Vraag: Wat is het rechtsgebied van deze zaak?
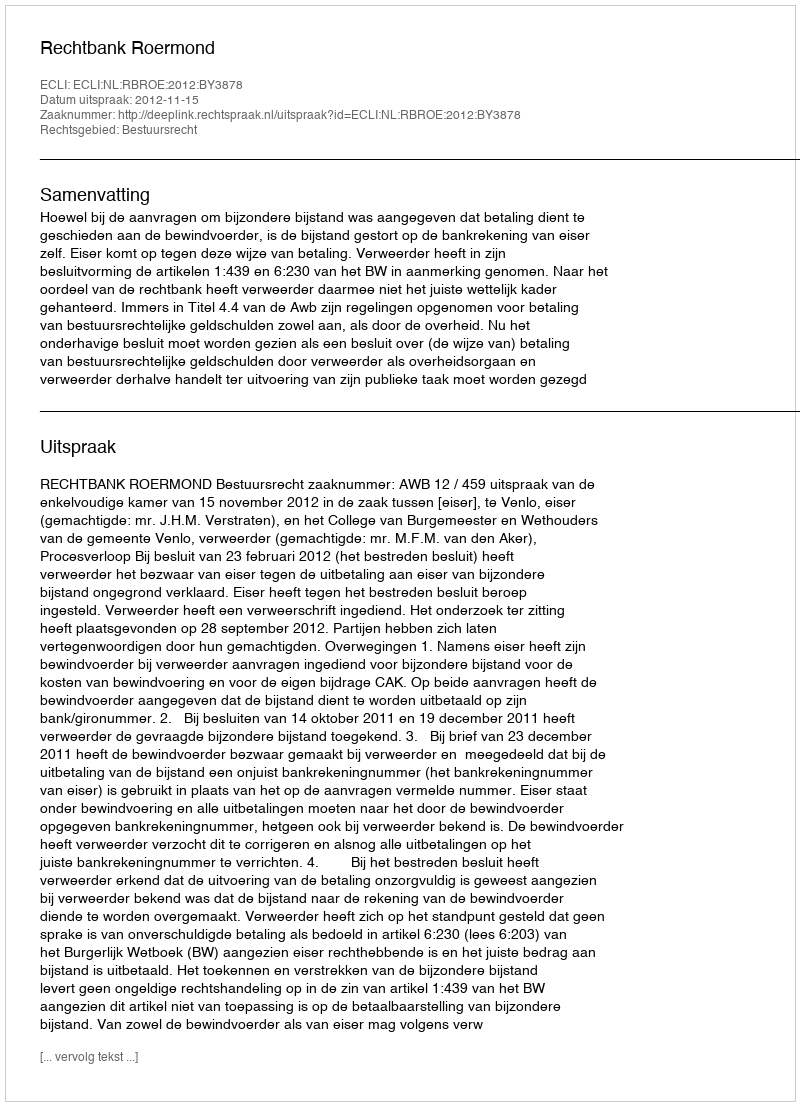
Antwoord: Bestuursrecht